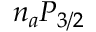
n _ { a } P _ { 3 / 2 }